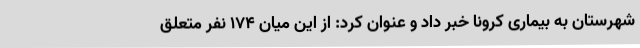
شهرستان به بیماری کرونا خبر داد و عنوان کرد: از این میان 174 نفر متعلق